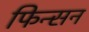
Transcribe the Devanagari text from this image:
फिन्सन